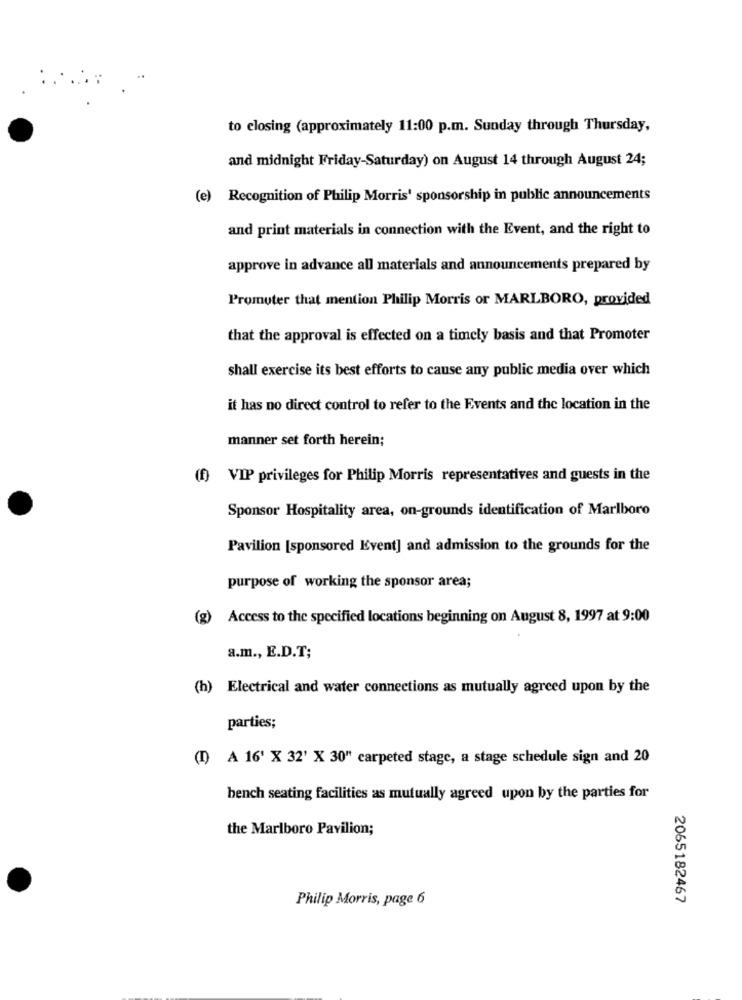
to closing (approximately 11:00 p.m. Sunday through Thursday,
and midnight Friday-Saturday) on August 14 through August 24;
(e) Recognition of Philip Morris' sponsorship in public announcements
and print materials in connection with the Event, and the right to
approve in advance all materials and announcements prepared by
Promoter that mention Philip Morris or MARLBORO, provided
that the approval is effected on a timely basis and that Promoter
shall exercise its best efforts to cause any public media over which
it has no direct control to refer to the Events and the location in the
manner set forth herein;
(f) VIP privileges for Philip Morris representatives and guests in the
Sponsor Hospitality area, on-grounds identification of Marlboro
Pavilion [sponsored Event] and admission to the grounds for the
purpose of working the sponsor area;
(g) Access to the specified locations beginning on August 8, 1997 at 9:00
a.m ., E.D.T;
(h) Electrical and water connections as mutually agreed upon by the
parties;
(I) A 16' X 32' X 30" carpeted stage, a stage schedule sign and 20
bench seating facilities as mutually agreed upon by the parties for
the Marlboro Pavilion;
Philip Morris, page 6
2065182467